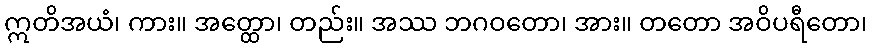
ဣတိအယံ၊ ကား။ အတ္ထော၊ တည်း။ အဿ ဘဂဝတော၊ အား။ တတော အဝိပရီတော၊